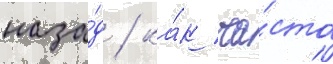
наза́д / ка́к ча́сто